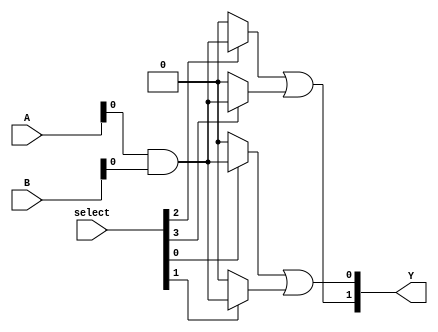
module HS_PAL (
    input wire [N-1:0] A, // Inputs (N inputs)
    input wire [N-1:0] B, // Inverted inputs (N inputs)
    input wire [P-1:0] select, // Selection lines for programmable AND gates
    output wire [M-1:0] Y // Outputs (M outputs)
);

// Parameters
parameter N = 4; // Number of inputs
parameter P = 8; // Number of programmable AND gates
parameter M = 2; // Number of fixed OR gates

// Programmable AND array
wire [P-1:0] and_out;

// Example of programmable AND gates
genvar i;
generate
    for (i = 0; i < P; i = i + 1) begin : and_gate
        assign and_out[i] = (select[i] == 1'b1) ? (A[0] & B[0]) : 1'b0; // Example logic
        // Add more logic combinations as needed for your application
    end
endgenerate

// Fixed OR array
wire [M-1:0] or_out;

// Example of fixed OR gates
assign or_out[0] = and_out[0] | and_out[1]; // Combine outputs of AND gates
assign or_out[1] = and_out[2] | and_out[3]; // Combine outputs of AND gates

// Final outputs
assign Y = or_out;

endmodule